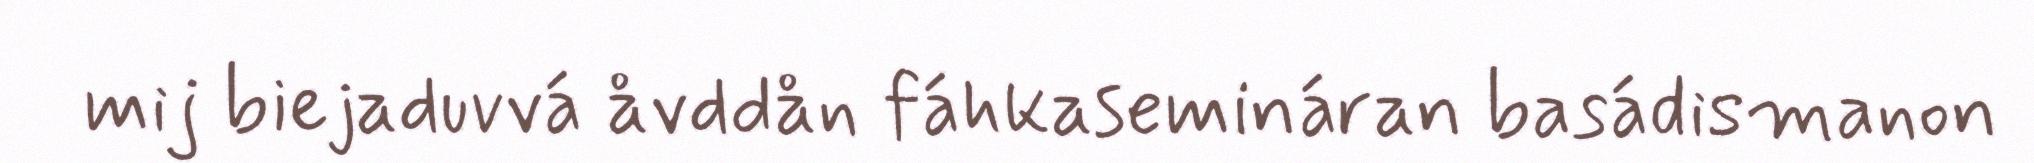
mij biejaduvvá åvddån fáhkasemináran basádismanon